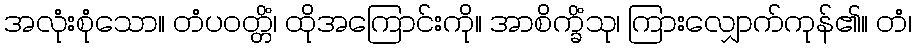
အလုံးစုံသော။ တံပဝတ္တိံ၊ ထိုအကြောင်းကို။ အာစိက္ခိံသု၊ ကြားလျှောက်ကုန်၏။ တံ၊